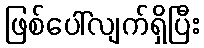
ဖြစ်ပေါ်လျက်ရှိပြီး